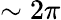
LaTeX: \sim 2\pi